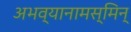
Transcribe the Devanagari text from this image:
अभव्यानामस्मिन्